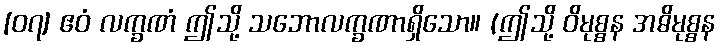
[၀၇] ဧဝံ လက္ခဏံ ဤသို့ သဘောလက္ခဏာရှိသော။ (ဤသို့ ဝိမုစ္စန အဓိမုစ္စန